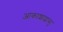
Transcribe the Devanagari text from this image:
आकाशाद्वासु